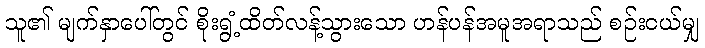
သူ၏ မျက်နှာပေါ်တွင် စိုးရွံ့ထိတ်လန့်သွားသော ဟန်ပန်အမူအရာသည် စဉ်းငယ်မျှ